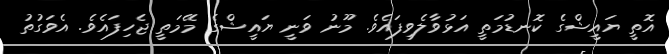
އޮތީ ޔައީޝްގެ ކޮނޑުމަތީ އަޅުވާލެވިފައެވެ. މޫނު ވަނީ ޔައީޝްގެ މޭމަތީ ޖެހިފައެވެ. އެވަގުތު